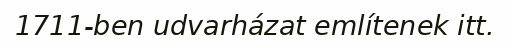
1711-ben udvarházat említenek itt.